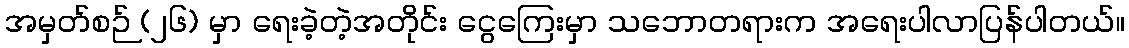
အမှတ်စဉ် (၂၆) မှာ ရေးခဲ့တဲ့အတိုင်း ငွေကြေးမှာ သဘောတရားက အရေးပါလာပြန်ပါတယ်။